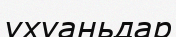
ухуаньдар